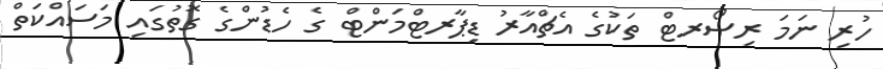
ހުރި ނަމަ ރިސޯރޓް ތަކުގެ އެޗްއާރު ޑިޕާރޓްމަންޓް ގެ ހެޑުންގެ ގޮތުގައި މަސައްކަތް